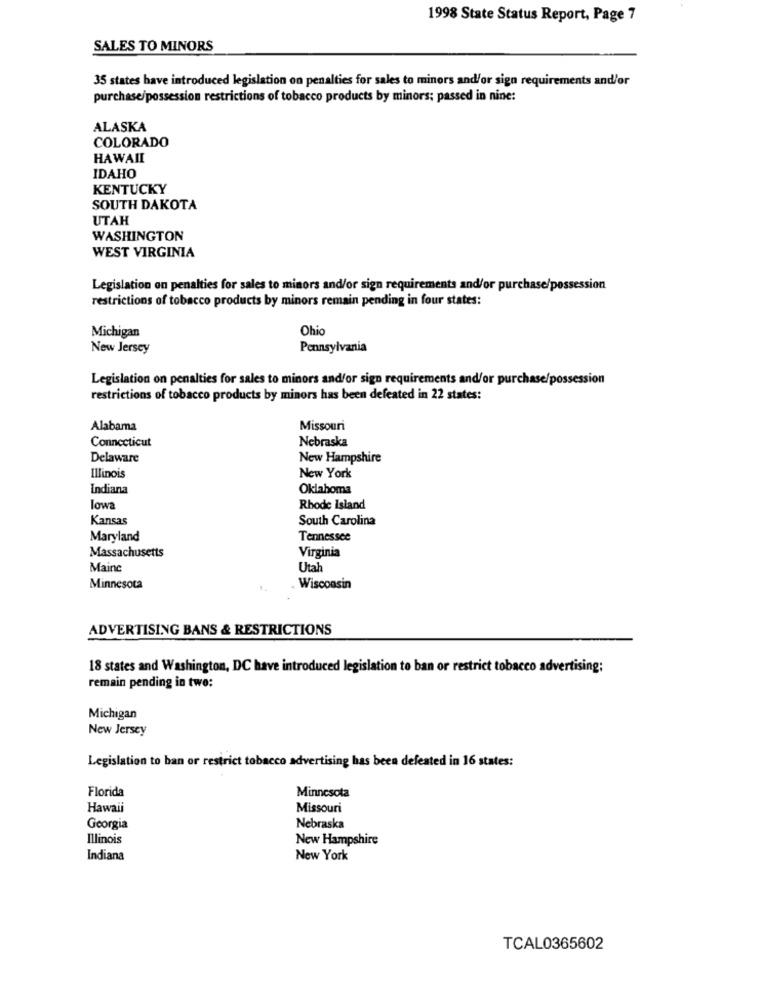
1998 State Status Report, Page 7
SALES TO MINORS
35 states have introduced legislation on penalties for sales to minors and/or sign requirements and/or
purchase/possession restrictions of tobacco products by minors; passed in nine:
ALASKA
COLORADO
HAWAII
IDAHO
KENTUCKY
SOUTH DAKOTA
UTAH
WASHINGTON
WEST VIRGINIA
Legislation on penalties for sales to minors and/or sign requirements and/or purchase/possession
restrictions of tobacco products by minors remain pending in four states:
Ohio
Michigan
New Jersey
Pennsylvania
Legislation on penalties for sales to minors and/or sign requirements and/or purchase/possession
restrictions of tobacco products by minors has been defeated in 22 states:
Alabama
Missouri
Nebraska
Connecticut
Delaware
New Hampshire
Illinois
New York
Indiana
Oklahoma
lowa
Rhode Island
Kansas
South Carolina
Maryland
Tennessee
Massachusetts
Virginia
Mainc
Utah
Minnesota
. Wisconsin
ADVERTISING BANS & RESTRICTIONS
18 states and Washington, DC have introduced legislation to ban or restrict tobacco advertising;
remain pending in two:
Michigan
New Jersey
Legislation to ban or restrict tobacco advertising has been defeated in 16 states:
Florida
Minnesota
Hawaii
Missouri
Georgia
Nebraska
Illinois
New Hampshire
Indiana
New York
TCAL0365602